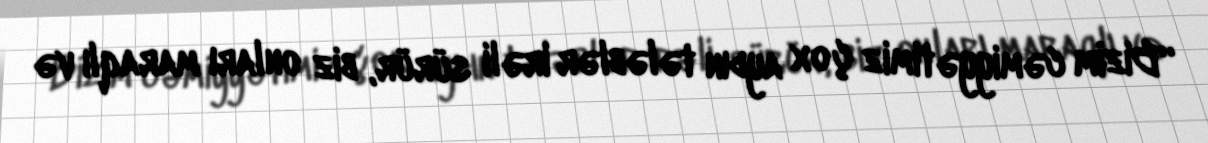
“Bizim cəmiyyətimiz çox aydın tələblər irəli sürür, biz onları maraqlı və